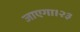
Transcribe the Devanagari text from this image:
जाएगा।२३